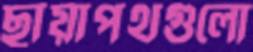
ছায়াপথগুলো